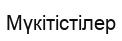
Мүкітістілер